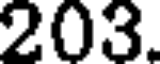
203.